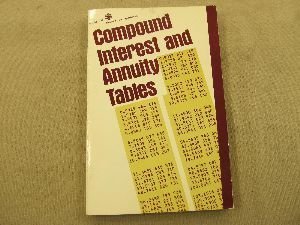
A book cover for Compound Interest and Annuity Tables (Mcgraw-Hill Paperbacks); Jack C. Estes; Business & Money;